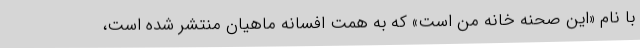
با نام «این صحنه خانه من است» که به همت افسانه ماهیان منتشر شده است،